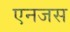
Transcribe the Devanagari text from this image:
एनजस